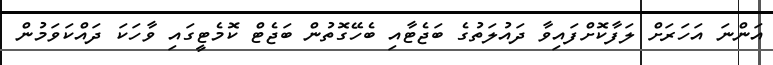
އަންނަ އަހަރަށް ލަފާކޮށްފައިވާ ދައުލަތުގެ ބަޖެޓާއި ބެހޭގޮތުން ބަޖެޓް ކޮމެޓީގައި ވާހަކަ ދައްކަވަމުން